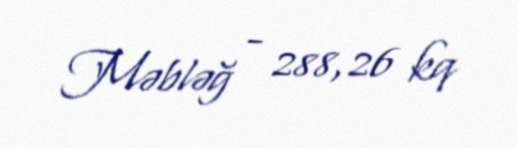
Məbləğ - 288,26 kq